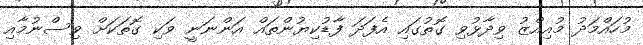
މުހައްމަދު މުއިއްޒު ވިދާޅުވި ގޮތުގައި އެފަދަ ފާޑުކިޔުންތައް އަންނަނީ ވަކި ގޮތަކަށް ވިސްނުމާއި